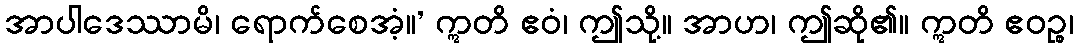
အာပါဒေဿာမိ၊ ရောက်စေအံ့။’ ဣတိ ဧဝံ၊ ဤသို့။ အာဟ၊ ဤဆို၏။ ဣတိ ဧဝဉ္စ၊